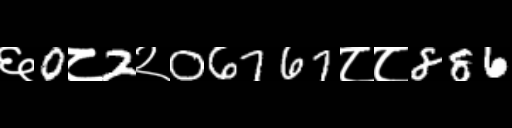
Text: ६0८2२06767८८886